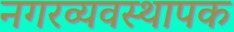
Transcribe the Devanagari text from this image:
नगरव्यवस्थापक